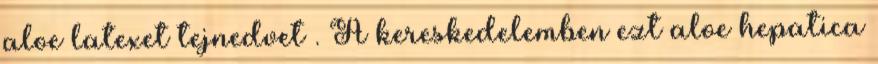
aloe latexet tejnedvet . A kereskedelemben ezt aloe hepatica